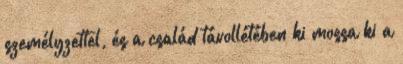
személyzettel, és a család távollétében ki mossa ki a